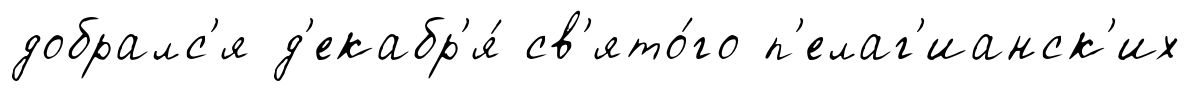
добралс'я д'екабр'я́ св'ято́го п'елаг'ианск'их